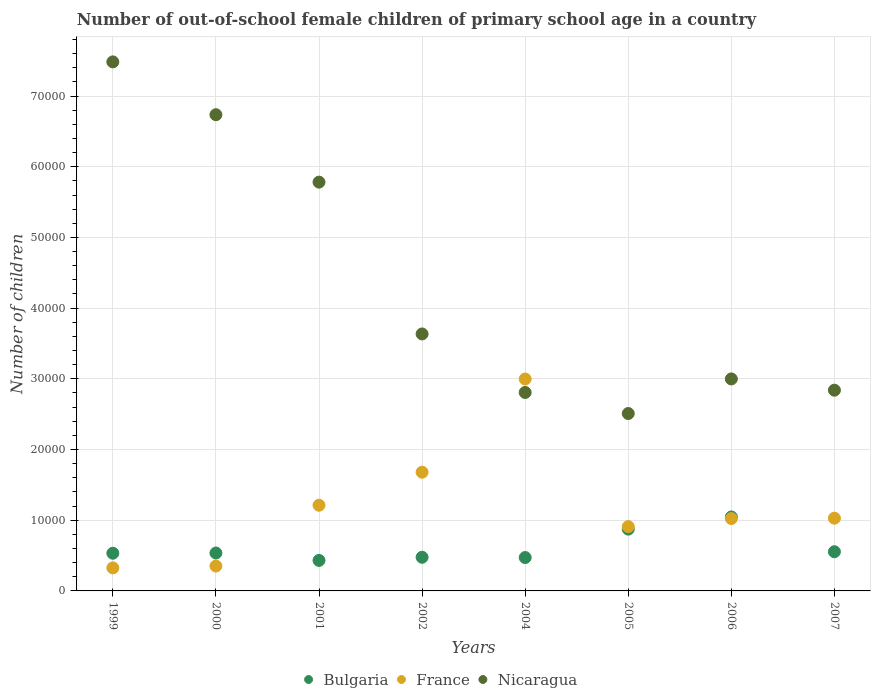
| Years | Bulgaria | France | Nicaragua |
 | --- | --- | --- | --- |
 | 1999 | 5.33e+03 | 3.26e+03 | 7.48e+04 |
 | 2000 | 5.36e+03 | 3.51e+03 | 6.74e+04 |
 | 2001 | 4.31e+03 | 1.21e+04 | 5.78e+04 |
 | 2002 | 4.76e+03 | 1.68e+04 | 3.63e+04 |
 | 2004 | 4.72e+03 | 3e+04 | 2.81e+04 |
 | 2005 | 8.74e+03 | 9.1e+03 | 2.51e+04 |
 | 2006 | 1.05e+04 | 1.02e+04 | 3e+04 |
 | 2007 | 5.54e+03 | 1.03e+04 | 2.84e+04 |